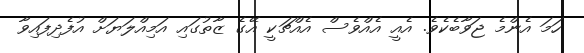
ހަމަ އެންމެ ޖަވާބެކެވެ. އެއީ އެއްވެސް އެއްޗަކީ އޭގެ ޒާތުގައި އަމިއްލަޔަށް އުފެދިފައިވާ